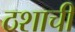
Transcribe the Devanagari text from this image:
ठशाची